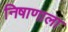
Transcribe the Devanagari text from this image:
निषाणाला